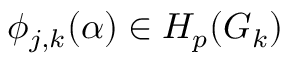
\phi _ { j , k } ( \alpha ) \in H _ { p } ( G _ { k } )